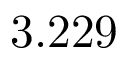
3 . 2 2 9